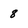
Character: 8